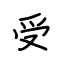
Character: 受